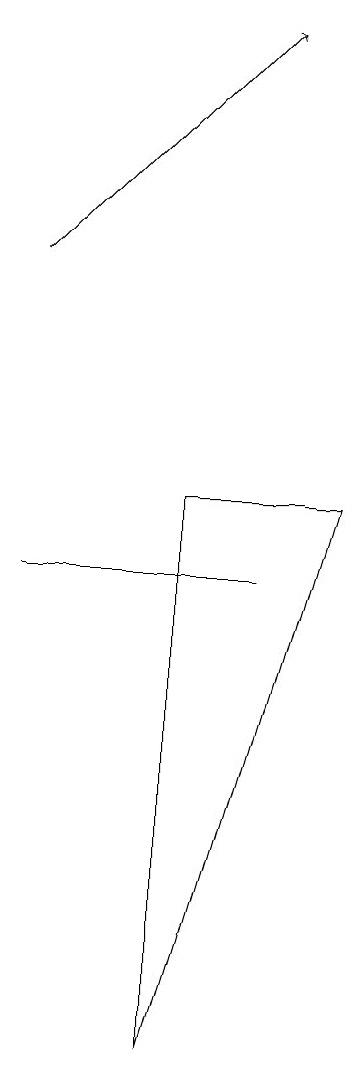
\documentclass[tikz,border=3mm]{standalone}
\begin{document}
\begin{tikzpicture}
\draw (2,8) -- (2,8) -- (5,8) -- cycle;
\draw[->] (2,12) -- (5,15);
\draw (6,9) -- (4,2) -- (4,9) -- cycle;
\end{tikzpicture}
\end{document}